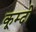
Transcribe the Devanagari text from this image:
कूम्दो